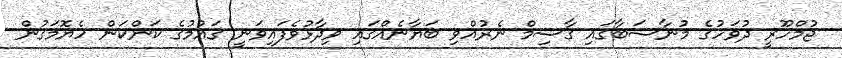
ޖުމްހޫރީ ދުވަހުގެ މުނާސަބާގައި ގާސިމް ނެރުއްވި ބަޔާނެއްގައި ވިދާޅުވެފައިވަނީ ގައުމުގެ ކަންކަން ހެޔޮމަގުން